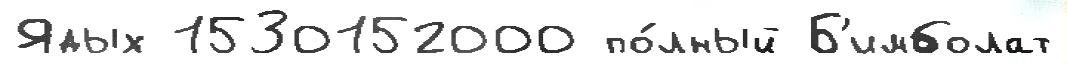
Ядых 1530152000 по́лный Б'имболат